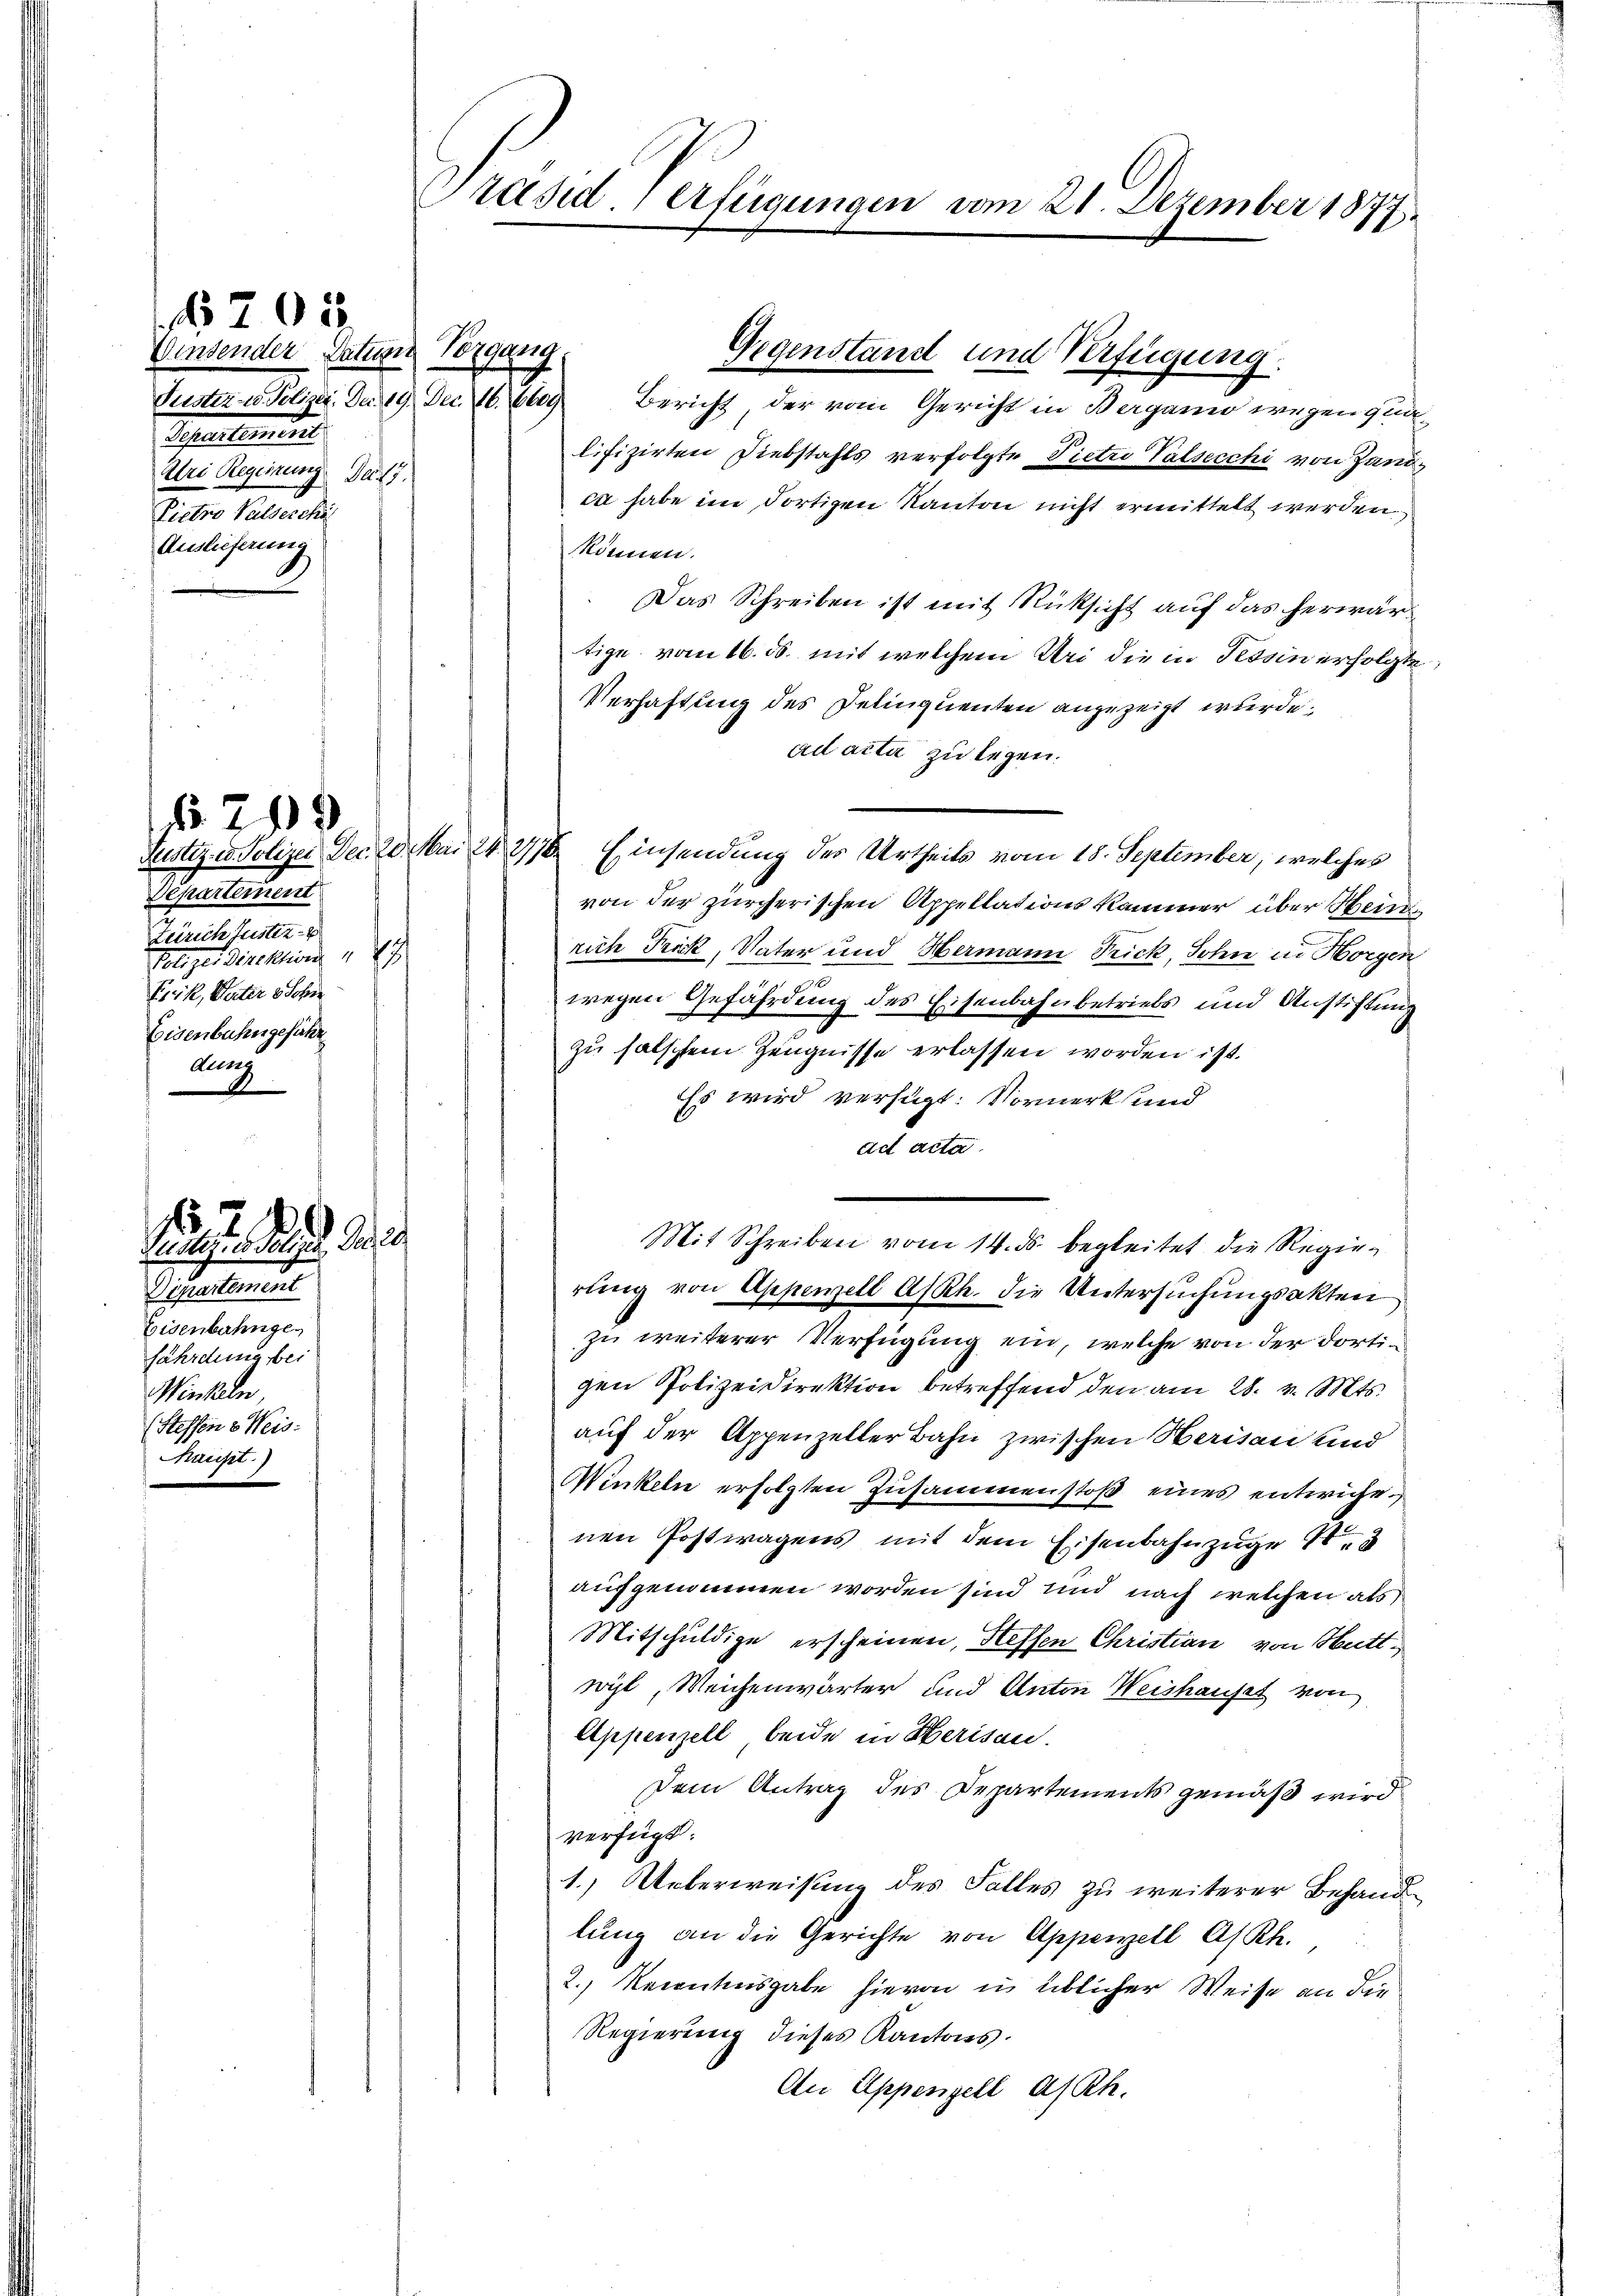
Winsender Datum Vorgang.
Fuster u. Polizei. Da 19. Dec. 16. 6609
Testalten
Uri Regierung. Da 17.
Pietro Palderche
Auslieferung

705.

§ 209
Departemen
Zürich Zuster-
Potiger Direktion " 27
Frik, Vater 3 Schre
Eisenbahngeführ
nung

sungen die die
Departement
Eisenbahnges
fährdung bei
Winkeln,
(Stessen 6 Weis
Thaupt.)

Präsid. Verfügungen vom 21. Dezember 1877

Gegenstand und Verfügung.
Bericht, der vom Gericht in Berganio wegen qualifizirten Diebstahls verfolgte Pietri Valsecchi von Handca habe im dortigen Kanton nicht ermittelt werden
können.
Das Schreiben ist mit Rücksicht auf das herwärtige vom 16. ds. mit welchem Uri die in Tessin erfolgte
Verhaftung des Delinquenten anzuzeigt wurde.
ad acta zu legen.
Justiz u. Polizei Dec. 20. Mai 1876. Einsendung des Urtheils vom 18. September, welches
von der zürcherischen Appellationskammer über Heini
rich Frick, Vater und Hermann Frick, Sohn in Horgen
wegen Gefährdung des Eisenbahnbetriebs und Anstiftung
zu falschem Zeugnisse erlassen worden ist.
Es wird verfügt: Vormerks und
ad acta
rung von Appenzell A/Rh. die Untersuchungsakten
zu weiterer Verfügung ein, welche von der dortigen Polizeidirektion betreffend den am 28. v. Mts.
auf der Appenzeller Bahn zwischen Herisau und
Winkeln erfolgten Zusammenstoß eines entwiche
nen Postwagens mit dem Eisenbahnzüge de
aufgenommen worden sind und nach welchen als
Mitschuldige erscheinen, Hessen Christian von Huttwil, Weichenwärter und Anton Weishauses von
Appenzell, beide in Herisau.
Dein Antrag des Departements gemäß wird
verfügt:
1.) Ueberweisung des Falles zu weiterer Behand
lung an die Gerichte von Appenzell A/Rh.
2. Recentenusgabe hievon in üblicher Weise an die¬
Regierung dieses Kantons.
An Appenzell A/Rh.

Mit Schreiben vom 14. ds. begleitet die Regie¬